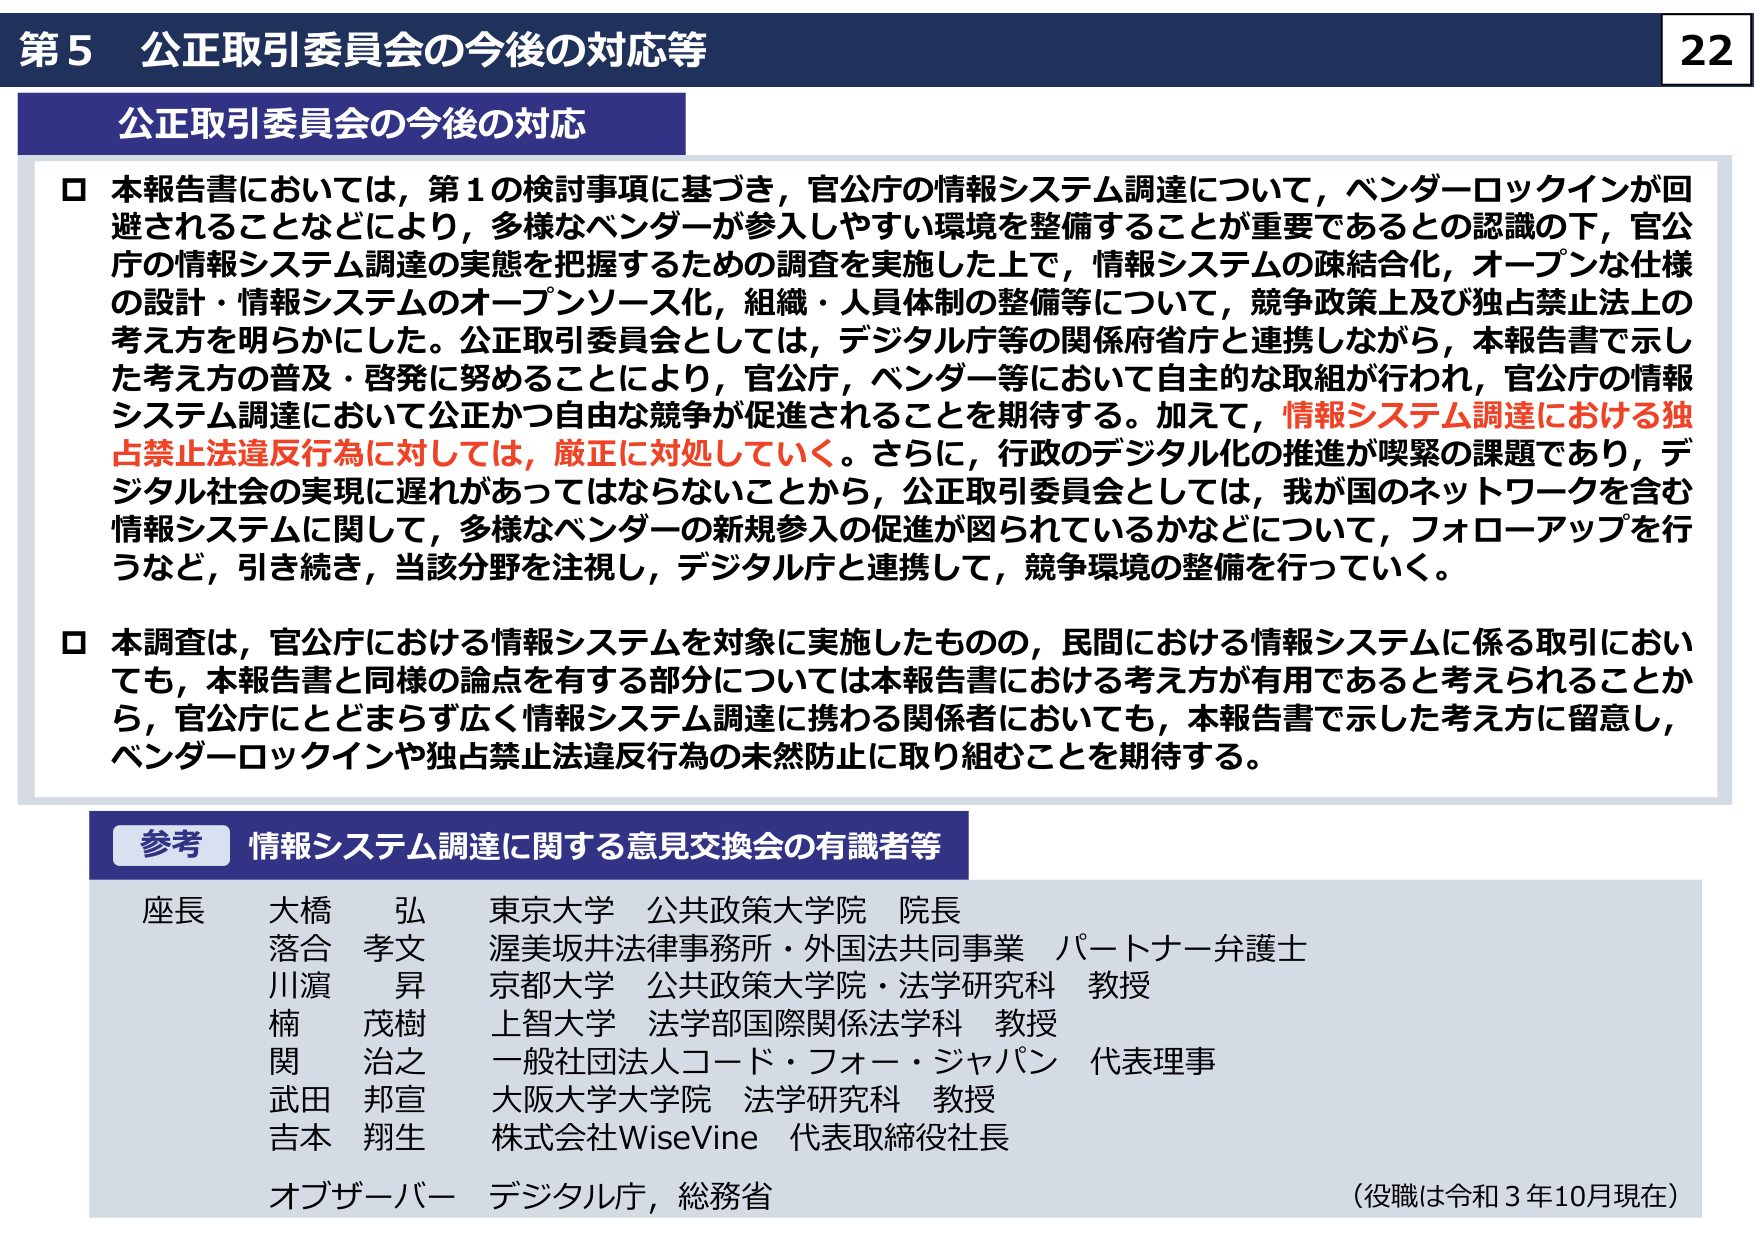
第5 公正取引委員会の今後の対応等

公正取引委員会の今後の対応

□ 本報告書においては，第1の検討事項に基づき，官公庁の情報システム調達について，ベンダーロックインが回避されることなどにより，多様なベンダーが参入しやすい環境を整備することが重要であるとの認識の下，官公庁の情報システム調達の実態を把握するための調査を実施した上で，情報システムの疎結合化，オープンな仕様の設計・情報システムのオープンソース化，組織・人員体制の整備等について，競争政策上及び独占禁止法上の考え方を明らかにした。公正取引委員会としては，デジタル庁等の関係府省庁と連携しながら，本報告書で示した考え方の普及・啓発に努めることにより，官公庁，ベンダー等において自主的な取組が行われ，官公庁の情報システム調達において公正かつ自由な競争が促進されることを期待する。加えて，情報システム調達における独占禁止法違反行為に対しては，厳正に対処していく。さらに，行政のデジタル化の推進が喫緊の課題であり，デジタル社会の実現に遅れがあってはならないことから，公正取引委員会としては，我が国のネットワークを含む情報システムに関して，多様なベンダーの新規参入の促進が図られているかなどについて，フォローアップを行うなど，引き続き，当該分野を注視し，デジタル庁と連携して，競争環境の整備を行っていく。

□ 本調査は，官公庁における情報システムを対象に実施したものの，民間における情報システムに係る取引においても，本報告書と同様の論点を有する部分については本報告書における考え方が有用であると考えられることから，官公庁にとどまらず広く情報システム調達に携わる関係者においても，本報告書で示した考え方に留意し，ベンダーロックインや独占禁止法違反行為の未然防止に取り組むことを期待する。

参考 情報システム調達に関する意見交換会の有識者等

座長 大橋 弘 東京大学 公共政策大学院 院長
落合 孝文 渥美坂井法律事務所・外国法共同事業 パートナー弁護士
川濱 昇 京都大学 公共政策大学院・法学研究科 教授
楠 茂樹 上智大学 法学部国際関係法学科 教授
関 治之 一般社団法人コード・フォー・ジャパン 代表理事
武田 邦宣 大阪大学大学院 法学研究科 教授
吉本 翔生 株式会社WiseVine 代表取締役社長
オブザーバー デジタル庁，総務省

（役職は令和3年10月現在）

22